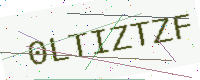
Text: 0LTIZTZF